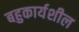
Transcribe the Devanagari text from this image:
बहुकार्यशील